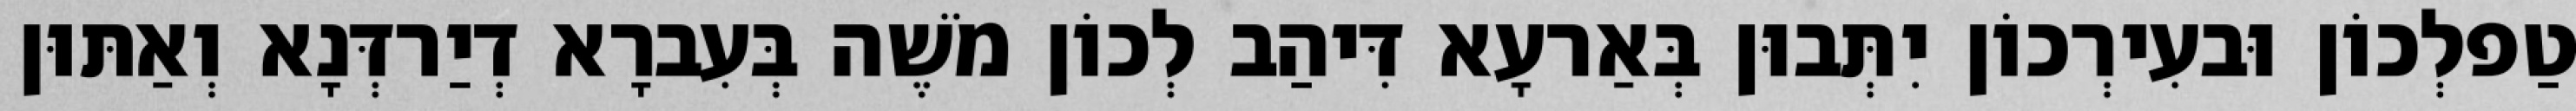
טַפלְכוֹן וּבעִירְכוֹן יִתְּבוּן בְּאַרעָא דִּיהַב לְכוֹן מֹשֶׁה בְּעִברָא דְיַרדְּנָא וְאַתּוּן